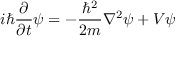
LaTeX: i \hbar { \frac { \partial } { \partial t } } \psi = - { \frac { \hbar ^ { 2 } } { 2 m } } \nabla ^ { 2 } \psi + V \psi